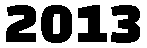
2013